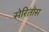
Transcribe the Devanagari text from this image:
सेरितोस